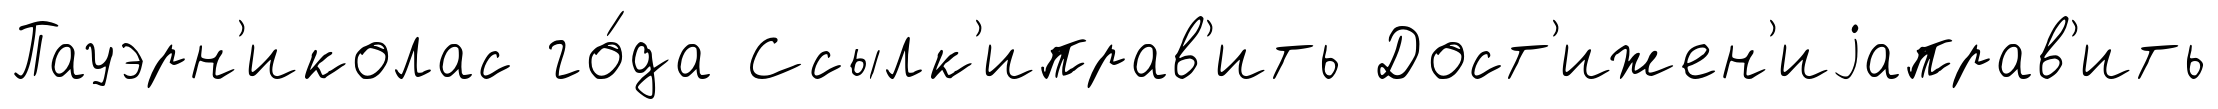
Пауэрн'иколас го́да Ссылк'иправ'ить Дост'ижен'иjаправ'ить